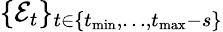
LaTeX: \{ \mathcal{E}_{t}\} _{t\in\{ t_{\operatorname*{min}},\dots,t_{\operatorname*{max}}-s\} }